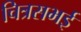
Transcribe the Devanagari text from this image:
चित्रसभई